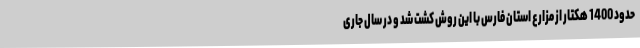
حدود 1400 هکتار از مزارع استان فارس با این روش کشت شد و در سال جاری